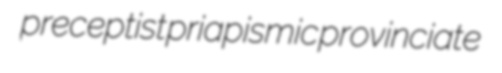
preceptist priapismic provinciate